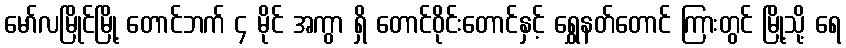
မော်လမြိုင်မြို့ တောင်ဘက် ၄ မိုင် အကွာ ရှိ တောင်ဝိုင်းတောင်နှင့် ရွှေနတ်တောင် ကြားတွင် မြို့သို့ ရေ